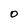
Character: 0